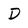
Character: D